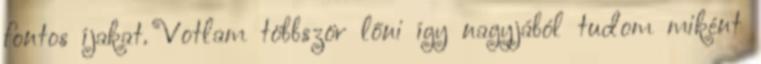
fontos íjakat. Votlam többször lőni így nagyjából tudom miként